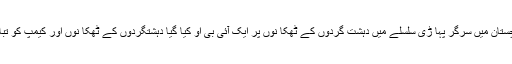
آ واران، بلو چستان میں سرگر پہا ڑی سلسلے میں دہشت گردوں کے ٹھکا نوں پر ایک آئی بی او کیا گیا دہشتگردوں کے ٹھکا نوں اور کیمپ کو تباہ کر دیا گیا ۔